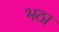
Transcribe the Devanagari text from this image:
भठा